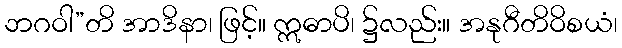
ဘဂဝါ”တိ အာဒိနာ၊ ဖြင့်။ ဣဓာပိ၊ ၌လည်း။ အနုဂီတိဝိစယံ၊